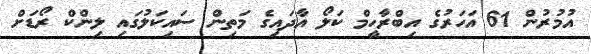
އުމުރުން 61 އަހަރުގެ އިބްރާހީމް ކަލޯ އާދައިގެ މަތިން ސައިކަލުގައި ލިންކް ރޯޑަށް